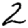
Digit: 2